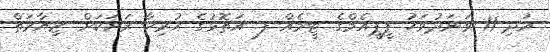
އަދި 11 ވަނަދުވަހު ޕީޕީއެމްގެ ޓީމެއް ފ. އަތޮޅުގެ ހުރިހާ ރަށަކަށް ޒިޔާރަތް